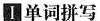
I 单词拼写